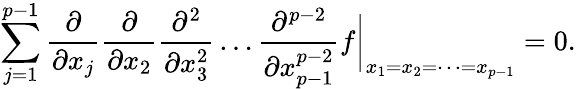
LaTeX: \sum_{j=1}^{p-1}\frac{\partial}{\partial x_{j}}\frac{\partial}{\partial x_{2}}\frac{\partial^{2}}{\partial x_{3}^{2}}\dots\frac{\partial^{p-2}}{\partial x_{p-1}^{p-2}}f\biggr|_{x_{1}=x_{2}=\dots=x_{p-1}}=0.